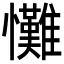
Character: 𢥪